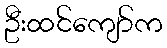
ဦးထင်ကျော်က